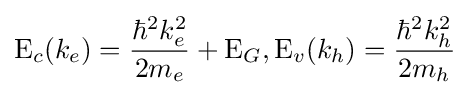
\mathrm {E} _{c}(k_{e})={{\hbar ^{2}k_{e}^{2}} \over {2m_{e}}}+\mathrm {E} _{G},\mathrm {E} _{v}(k_{h})={{\hbar ^{2}k_{h}^{2}} \over {2m_{h}}}